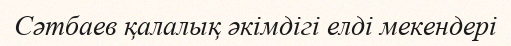
Сәтбаев қалалық әкімдігі елді мекендері